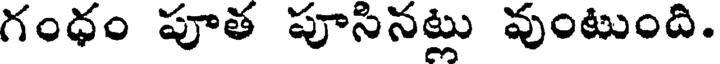
గంధం పూత పూసినట్లు వుంటుంది.